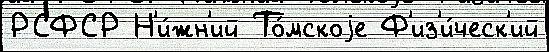
РСФСР Н'и́жн'ий То́мскоjе Ф'из'и́ческ'ий